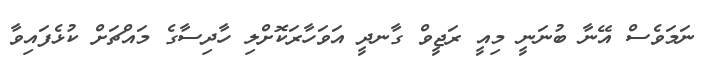
ނަމަވެސް އޭނާ ބުނަނީ މިއީ ރަޖީވް ގާނދީ އަވަހާރަކޮށްލި ހާދިސާގެ މައްޗަށް ކުޅެފައިވާ